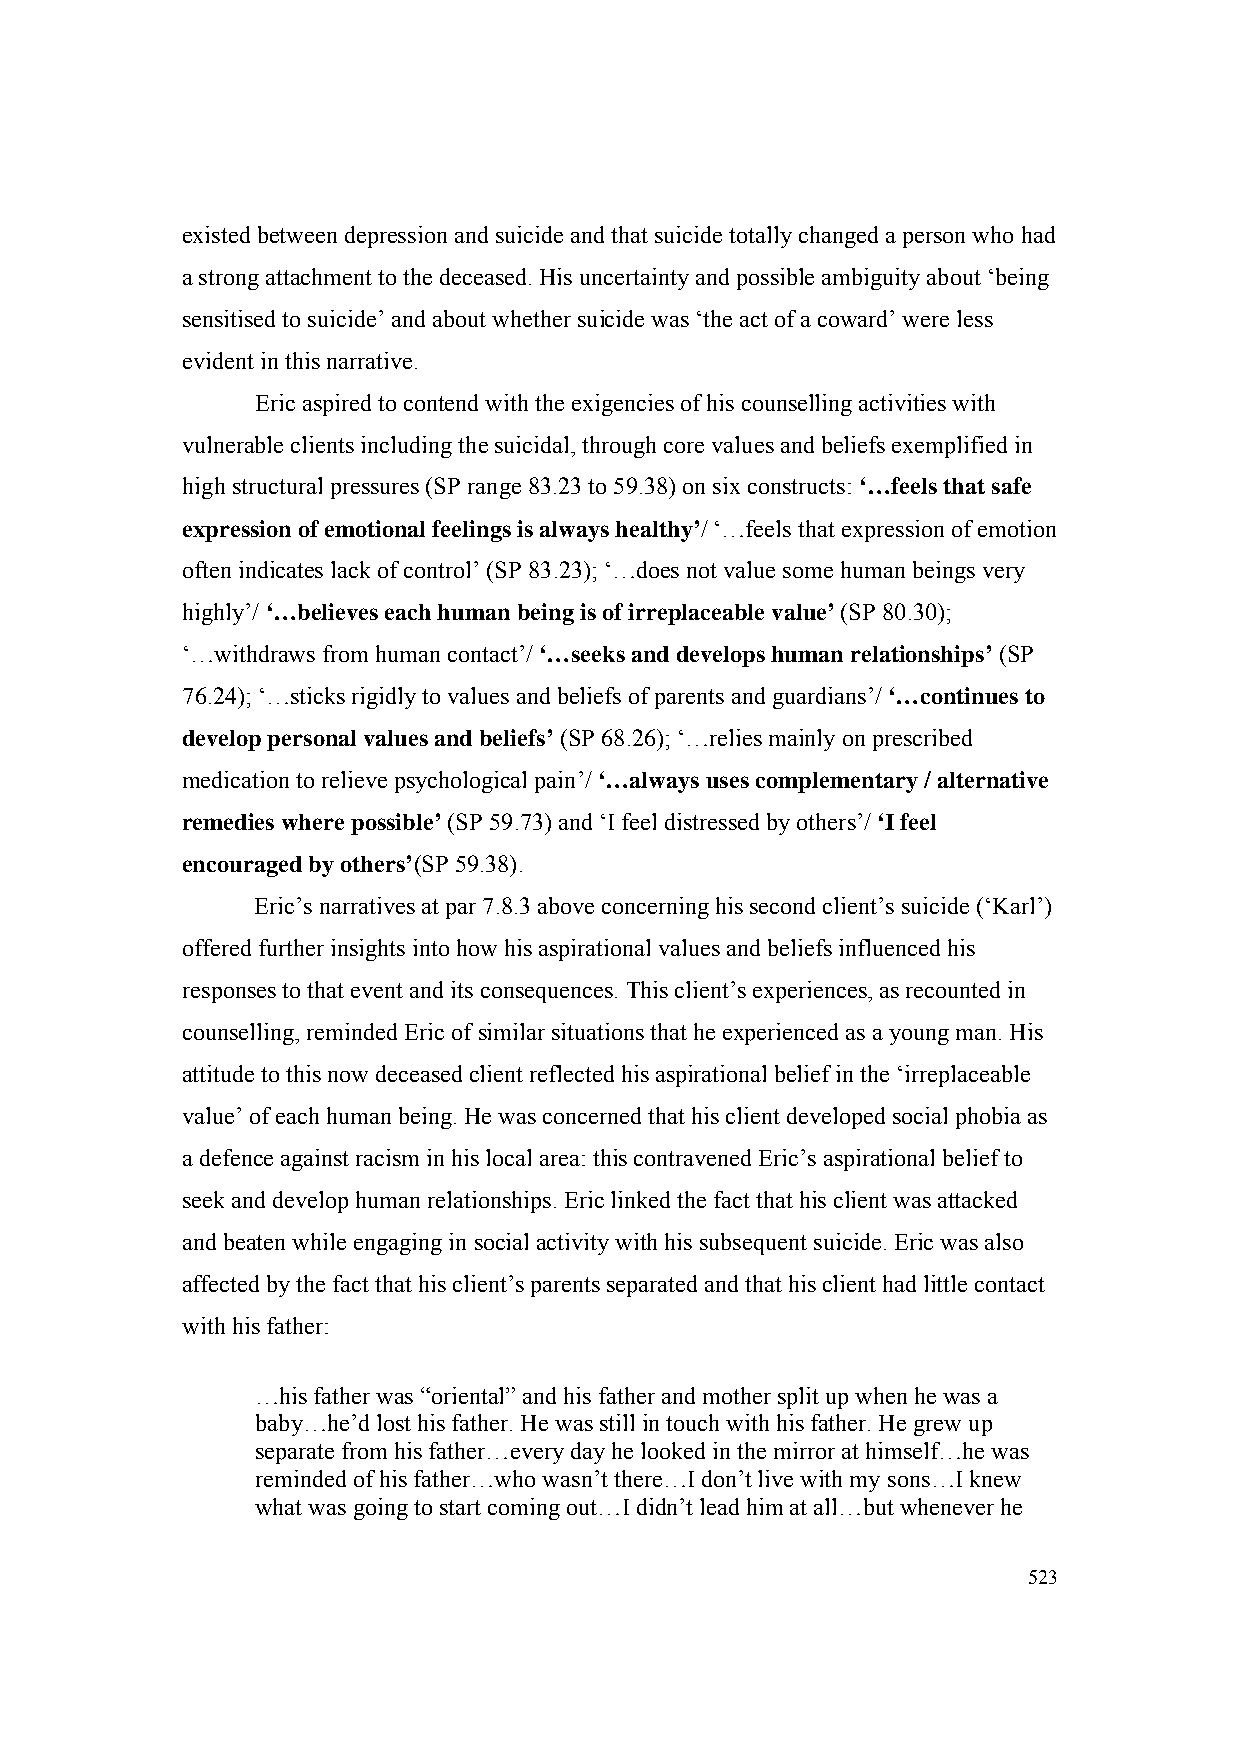
existed between depression and suicide and that suicide totally changed a person who had
 a strong attachment to the deceased. His uncertainty and possible ambiguity about ‘being
 sensitised to suicide’ and about whether suicide was ‘the act of a coward’ were less
 evident in this narrative.
 Eric aspired to contend with the exigencies of his counselling activities with
 vulnerable clients including the suicidal, through core values and beliefs exemplified in
 high structural pressures (SP range 83.23 to 59.38) on six constructs: ‘…feels that safe
 expression of emotional feelings is always healthy’/ ‘…feels that expression of emotion
 often indicates lack of control’ (SP 83.23); ‘…does not value some human beings very
 highly’/ ‘…believes each human being is of irreplaceable value’ (SP 80.30);
 ‘…withdraws from human contact’/ ‘…seeks and develops human relationships’ (SP
 76.24); ‘…sticks rigidly to values and beliefs of parents and guardians’/ ‘…continues to
 develop personal values and beliefs’ (SP 68.26); ‘…relies mainly on prescribed
 medication to relieve psychological pain’/ ‘…always uses complementary / alternative
 remedies where possible’ (SP 59.73) and ‘I feel distressed by others’/ ‘I feel
 encouraged by others’(SP 59.38).
 Eric’s narratives at par 7.8.3 above concerning his second client’s suicide (‘Karl’)
 offered further insights into how his aspirational values and beliefs influenced his
 responses to that event and its consequences. This client’s experiences, as recounted in
 counselling, reminded Eric of similar situations that he experienced as a young man. His
 attitude to this now deceased client reflected his aspirational belief in the ‘irreplaceable
 value’ of each human being. He was concerned that his client developed social phobia as
 a defence against racism in his local area: this contravened Eric’s aspirational belief to
 seek and develop human relationships. Eric linked the fact that his client was attacked
 and beaten while engaging in social activity with his subsequent suicide. Eric was also
 affected by the fact that his client’s parents separated and that his client had little contact
 with his father:
 …his father was “oriental” and his father and mother split up when he was a
 baby…he’d lost his father. He was still in touch with his father. He grew up
 separate from his father…every day he looked in the mirror at himself…he was
 reminded of his father…who wasn’t there…I don’t live with my sons…I knew
 what was going to start coming out…I didn’t lead him at all…but whenever he
 523